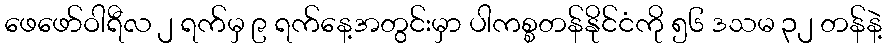
ဖေဖော်ဝါရီလ ၂ ရက်မှ ၉ ရက်နေ့အတွင်းမှာ ပါကစ္စတန်နိုင်ငံကို ၅၆ ဒသမ ၃၂ တန်နဲ့